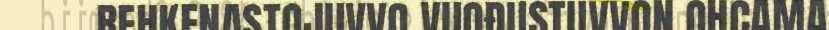
REHKENASTOJUVVO VUOĐUSTUVVON OHCAMA